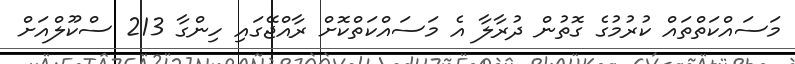
މަސައްކަތްތައް ކުރުމުގެ ގޮތުން ދުރާލާ އެ މަސައްކަތްކޮށް ރާއްޖޭގައި ހިންގާ 213 ސްކޫލްއަށް